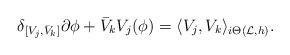
LaTeX: \begin{align*} \delta_{[V_j,\bar V_k]} \partial\phi+\bar V_k V_j(\phi)=\langle V_j, V_k\rangle_{i\Theta(\mathcal L,h)}.\end{align*}